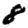
Digit: 8